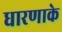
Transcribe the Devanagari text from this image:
धारणाके